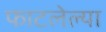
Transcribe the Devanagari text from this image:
फाटलेल्या